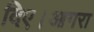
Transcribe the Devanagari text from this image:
दिए।आगरा